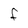
Character: F